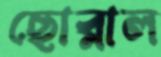
ছোব্‌লাল